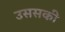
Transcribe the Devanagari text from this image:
उससकी